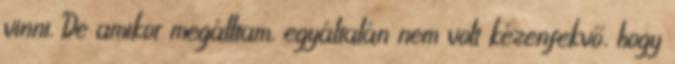
vinni. De amikor megálltam, egyáltalán nem volt kézenfekvő, hogy